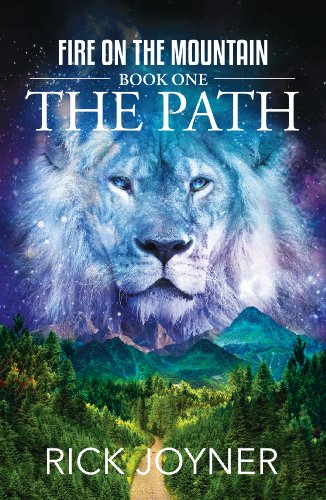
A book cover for The Path (Fire on the Mountain); Rick Joyner; Christian Books & Bibles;